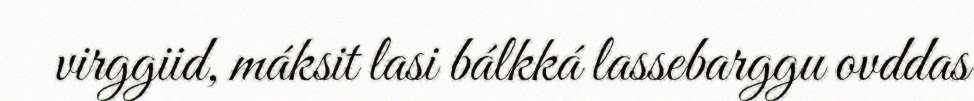
virggiid, máksit lasi bálkká lassebarggu ovddas